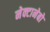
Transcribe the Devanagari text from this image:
नेक्टानेबो